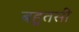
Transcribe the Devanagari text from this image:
बहुतसी